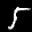
Label: 5